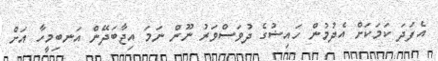
އެފަދަ ކަމަކަށް އެދުމުން ހައިޟުގެ ދުވަސްވަރު ނޫން ނަމަ އިޖާބަދޭން އަނބިމީހާ އަށް